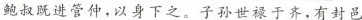
”鲍叔既进管仲，以身下之。子孙世禄于齐，有封邑